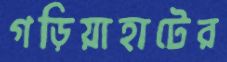
গড়িয়াহাটের